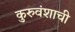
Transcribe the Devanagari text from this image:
कुरुवंशाची